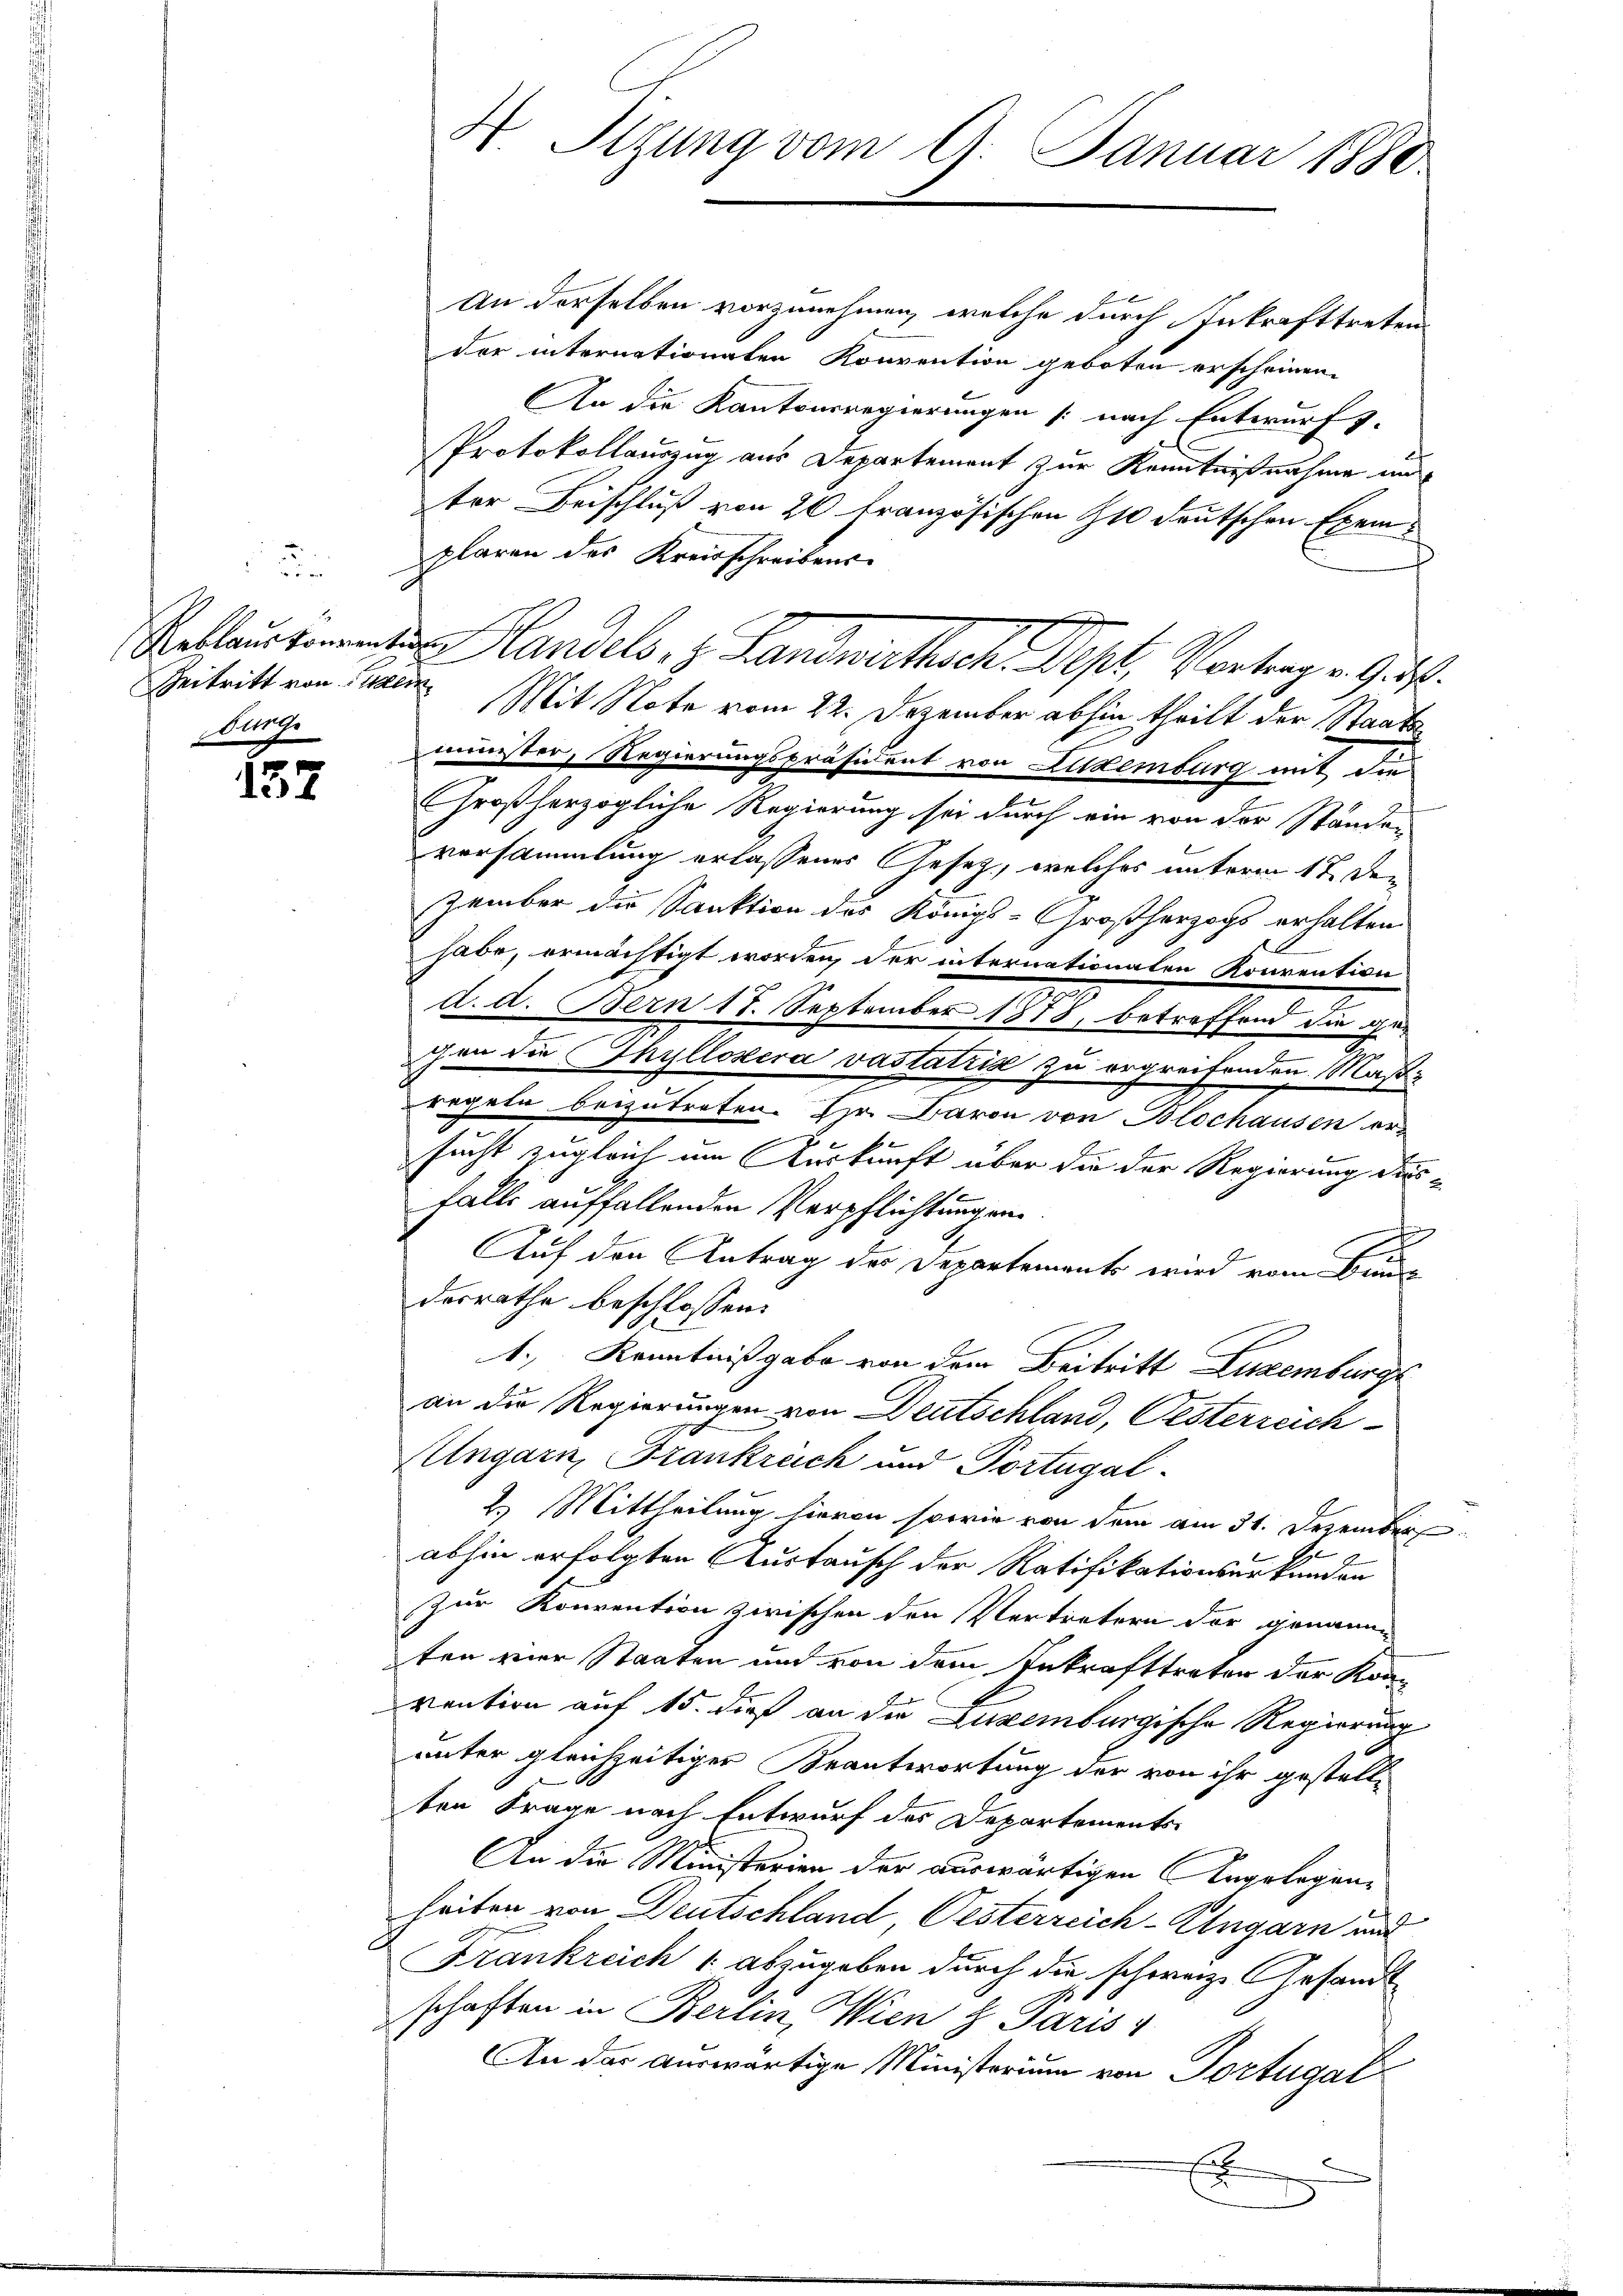
un
Aug.

137

An derselben vorzunehmen, welche durch Inkrafttreten
der internationaten Konvention geboten erscheinen.
An die Kantonsregierungen (nach Entwurf.
Protokollauszug aus Departement zur Kenntnißnahme und
ter Beischluß von 20 französischen 10 deutschen Exemplaren des Kreisschreibens-
Rellautenanten Handels. z. Landwirthsch. Sept. Vortrag v. J. J.
Zeitritt von Juden. Mit Note vom 22. Dezember abhin theilt der Staats
minister, Regierungspräsident von Littenburg mit die
e
Großherzogliche Regierung sei durch ein von der Ständen
versammlung erlassenes Gesetz, welches unterm 17. Den
zember die Sanktion des Königs-Großherzogs erhalten
habe, ermächtigt worden, der internationalen Konvention
a. d. Bern 17. September 1878, betreffend die gechen die Thyllosera vastatis zu ergreifenden Maß-
regeln beizutreten. Hr. Baron von Blochausen ersucht zugleich um Auskunft über die der Regierung diesfalls auffallenden Verpflichtungen
g
Auf den Antrag des Departements wird vom Bunde
desrathe beschlossen:
1. Kenntnißgabe von dem Beitritt Zuzemburg
an die Regierungen von Deutschland, Oesterreich
Ungarn, Frankreich und Portugal-
2.) Mittheilung hievon sowie von dem am 31. Dezember
abhin erfolgten Austausch der Ratifikationsurkunden
zur Konvention zwischen den Vertretern der genanne
ten vier Staaten und von dem Inkrafttreten der Kon-
vention auf 15. dieß an die Luxenburgische Regierung
unter gleichzeitiger Beantwortung der von ihr gestellten Frage nach Entwurf des Departements-
An die Ministerien der auswärtigen Angelegen-
heiten von Deutschland, Oesterreich-Ungarn und
Frankreich , abzugeben durch die schweiz. Gesandt
schaften in Berlin, Wien z Paris
An das Auswärtige Ministerium von Portugal
E
6

H. Stzung vom 9. Januar 1880

a